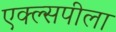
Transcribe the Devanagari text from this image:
एक्ल्सपीला